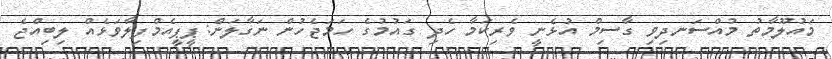
މައުލޫމާތު މުއްސަނދިވި ގާސިމް އުޅެނީ ވެރިކަމާ ހެދި ގައުމުގެ ހަމަޖެހުން ނަގާލަން:ޕީޕީއެމްފިލާވަޅެއް ލިބިއްޖެ